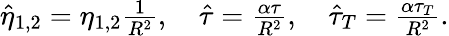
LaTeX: \begin{array}{r}{\hat{\eta}_{1,2}=\eta_{1,2}\frac{1}{R^{2}},\quad\hat{\tau}=\frac{\alpha\tau}{R^{2}},\quad\hat{\tau}_{T}=\frac{\alpha\tau_{T}}{R^{2}}.}\end{array}